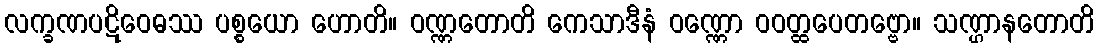
လက္ခဏပဋိဝေဓဿ ပစ္စယော ဟောတိ။ ဝဏ္ဏတောတိ ကေသာဒီနံ ဝဏ္ဏော ဝဝတ္ထပေတဗ္ဗော။ သဏ္ဌာနတောတိ